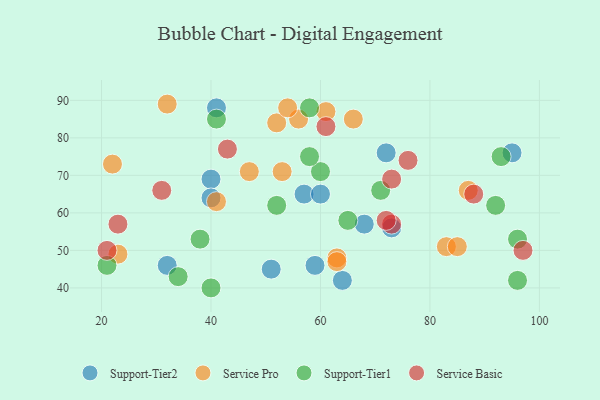
{"axis": {"x": "GDP", "y": "Life Expectancy"}, "legend": ["Service Basic", "Service Pro", "Support-Tier1", "Support-Tier2"], "data": [{"x": "72", "y": 76, "type": "Support-Tier2"}, {"x": "32", "y": 46, "type": "Support-Tier2"}, {"x": "57", "y": 65, "type": "Support-Tier2"}, {"x": "59", "y": 46, "type": "Support-Tier2"}, {"x": "95", "y": 76, "type": "Support-Tier2"}, {"x": "41", "y": 88, "type": "Support-Tier2"}, {"x": "73", "y": 56, "type": "Support-Tier2"}, {"x": "68", "y": 57, "type": "Support-Tier2"}, {"x": "60", "y": 65, "type": "Support-Tier2"}, {"x": "40", "y": 69, "type": "Support-Tier2"}, {"x": "64", "y": 42, "type": "Support-Tier2"}, {"x": "40", "y": 64, "type": "Support-Tier2"}, {"x": "51", "y": 45, "type": "Support-Tier2"}, {"x": "61", "y": 87, "type": "Service Pro"}, {"x": "56", "y": 85, "type": "Service Pro"}, {"x": "63", "y": 48, "type": "Service Pro"}, {"x": "52", "y": 84, "type": "Service Pro"}, {"x": "47", "y": 71, "type": "Service Pro"}, {"x": "87", "y": 66, "type": "Service Pro"}, {"x": "54", "y": 88, "type": "Service Pro"}, {"x": "83", "y": 51, "type": "Service Pro"}, {"x": "66", "y": 85, "type": "Service Pro"}, {"x": "23", "y": 49, "type": "Service Pro"}, {"x": "22", "y": 73, "type": "Service Pro"}, {"x": "41", "y": 63, "type": "Service Pro"}, {"x": "32", "y": 89, "type": "Service Pro"}, {"x": "53", "y": 71, "type": "Service Pro"}, {"x": "63", "y": 47, "type": "Service Pro"}, {"x": "85", "y": 51, "type": "Service Pro"}, {"x": "92", "y": 62, "type": "Support-Tier1"}, {"x": "60", "y": 71, "type": "Support-Tier1"}, {"x": "38", "y": 53, "type": "Support-Tier1"}, {"x": "71", "y": 66, "type": "Support-Tier1"}, {"x": "41", "y": 85, "type": "Support-Tier1"}, {"x": "96", "y": 42, "type": "Support-Tier1"}, {"x": "93", "y": 75, "type": "Support-Tier1"}, {"x": "58", "y": 88, "type": "Support-Tier1"}, {"x": "52", "y": 62, "type": "Support-Tier1"}, {"x": "40", "y": 40, "type": "Support-Tier1"}, {"x": "96", "y": 53, "type": "Support-Tier1"}, {"x": "34", "y": 43, "type": "Support-Tier1"}, {"x": "21", "y": 46, "type": "Support-Tier1"}, {"x": "65", "y": 58, "type": "Support-Tier1"}, {"x": "58", "y": 75, "type": "Support-Tier1"}, {"x": "73", "y": 57, "type": "Service Basic"}, {"x": "43", "y": 77, "type": "Service Basic"}, {"x": "88", "y": 65, "type": "Service Basic"}, {"x": "73", "y": 69, "type": "Service Basic"}, {"x": "72", "y": 58, "type": "Service Basic"}, {"x": "31", "y": 66, "type": "Service Basic"}, {"x": "76", "y": 74, "type": "Service Basic"}, {"x": "97", "y": 50, "type": "Service Basic"}, {"x": "21", "y": 50, "type": "Service Basic"}, {"x": "23", "y": 57, "type": "Service Basic"}, {"x": "61", "y": 83, "type": "Service Basic"}]}